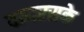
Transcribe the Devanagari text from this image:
वायरसके